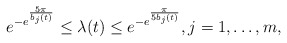
\begin{align*}e^{-e^{\frac{5\pi}{b_{j}(t)}}}\leq \lambda(t)\leq e^{-e^{\frac{\pi}{5b_{j}(t)}}}, j=1,\dots, m, \end{align*}